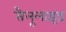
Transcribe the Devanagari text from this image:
सैलूलाइड